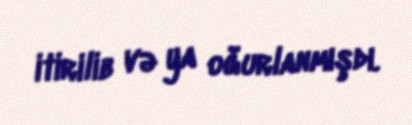
itirilib və ya oğurlanmışdı.